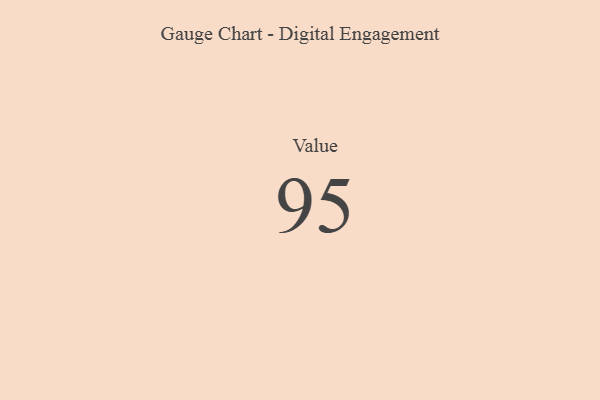
{"axis": {"x": "Metric", "y": "Value"}, "legend": [""], "data": [{"x": "Value", "y": 95, "type": ""}]}